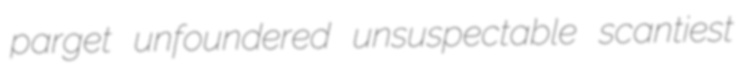
parget unfoundered unsuspectable scantiest